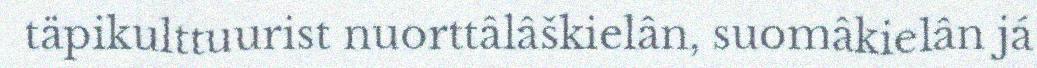
täpikulttuurist nuorttâlâškielân, suomâkielân já